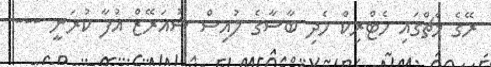
ރޭގެ މެޗްގައި ހެޓްރިކް ހެދި ބާސާގެ ލުއިސް ޝުއަރޭޒް އުފާ ކުރަނީ ---